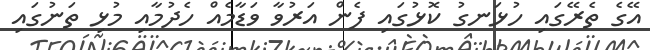
އޭގެ ތެރޭގައި ހުޅަނގު ކޮޅުގައި ފެން އަރުވާ ވަޑާމެއް ހެދުމާއި މުޅި ތަނުގައި